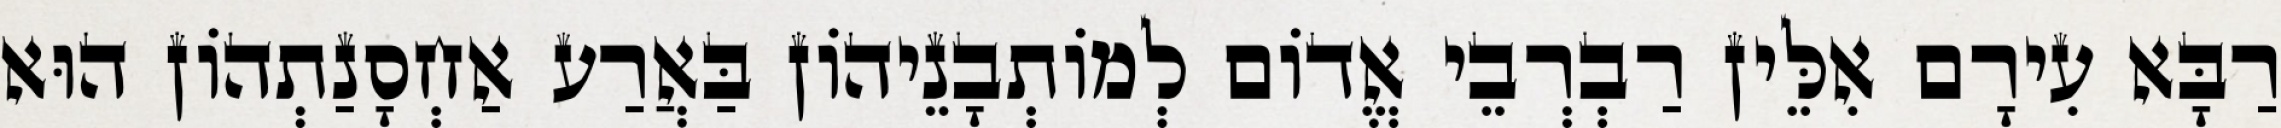
רַבָּא עִירָם אִלֵּין רַבְרְבֵי אֱדוֹם לְמוֹתְבָנֵיהוֹן בַּאֲרַע אַחְסָנַתְהוֹן הוּא